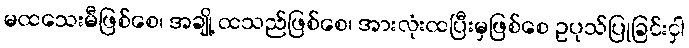
မထသေးမီဖြစ်စေ၊ အချို့ ထသည်ဖြစ်စေ၊ အားလုံးထပြီးမှဖြစ်စေ ဥပုသ်ပြုခြင်းငှါ